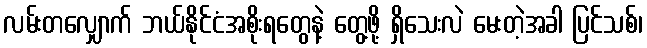
လမ်းတလျှောက် ဘယ်နိုင်ငံအစိုးရတွေနဲ့ တွေ့ဖို့ ရှိသေးလဲ မေးတဲ့အခါ ပြင်သစ်၊